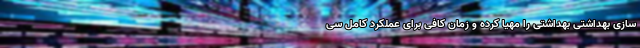
سازی بهداشتی بهداشتی را مهیا کرده و زمان کافی برای عملکرد کامل سی